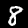
Label: 8